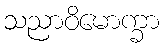
သညာဝိမောက္ခာ